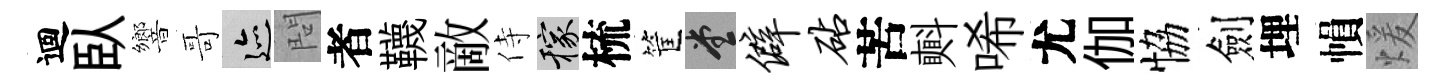
迴臥響哥迹問者韈敵侍稼梳筐堂僻砧苦㪺唏尤伽恊劍埋𢄙煖